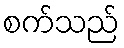
စက်သည်